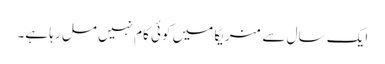
ایک سال سے منریگا میں کوئی کام نہیں مل رہا ہے۔